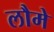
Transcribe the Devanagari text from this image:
लौमे